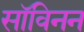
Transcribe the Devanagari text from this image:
सॉविनन